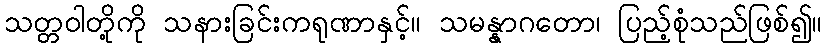
သတ္တဝါတို့ကို သနားခြင်းကရုဏာနှင့်။ သမန္နာဂတော၊ ပြည့်စုံသည်ဖြစ်၍။